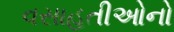
વસાહતીઓનો